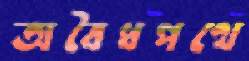
অবৈধপথে